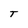
Character: T